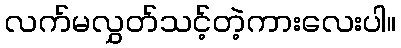
လက်မလွှတ်သင့်တဲ့ကားလေးပါ။